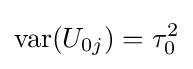
\operatorname {var} (U_{0j})=\tau _{0}^{2}